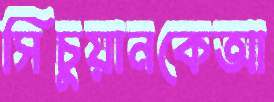
সিচুয়ানকেআ